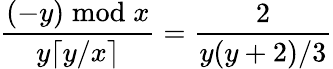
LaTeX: {\frac{(-y){\bmod{x}}}{y\lceil y/x\rceil}}={\frac{2}{y(y+2)/3}}